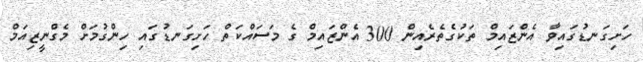
ހަށިގަނޑުގައިވާ އެންޒައިމް ތަކުގެތެރެއިން 300 އެންޒައިމް ގެ މަސައްކަތް ހަށިގަނޑުގައި ހިންގުމަށް މެގްނީޒިއަމް